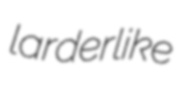
larderlike